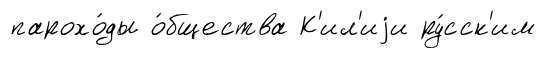
парохо́ды о́бщества К'ил'иjи ру́сск'им